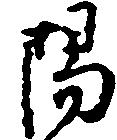
陽